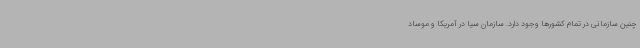
چنین سازمانی در تمام کشورها وجود دارد. سازمان سیا در آمریکا و موساد